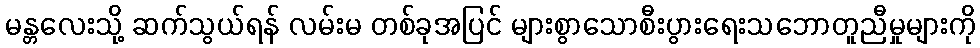
မန္တလေးသို့ ဆက်သွယ်ရန် လမ်းမ တစ်ခုအပြင် များစွာသောစီးပွားရေးသဘောတူညီမှုများကို